Report of the Indian Hemp Drugs Commission, 1894-1895 - Volume IV
Year: 1894
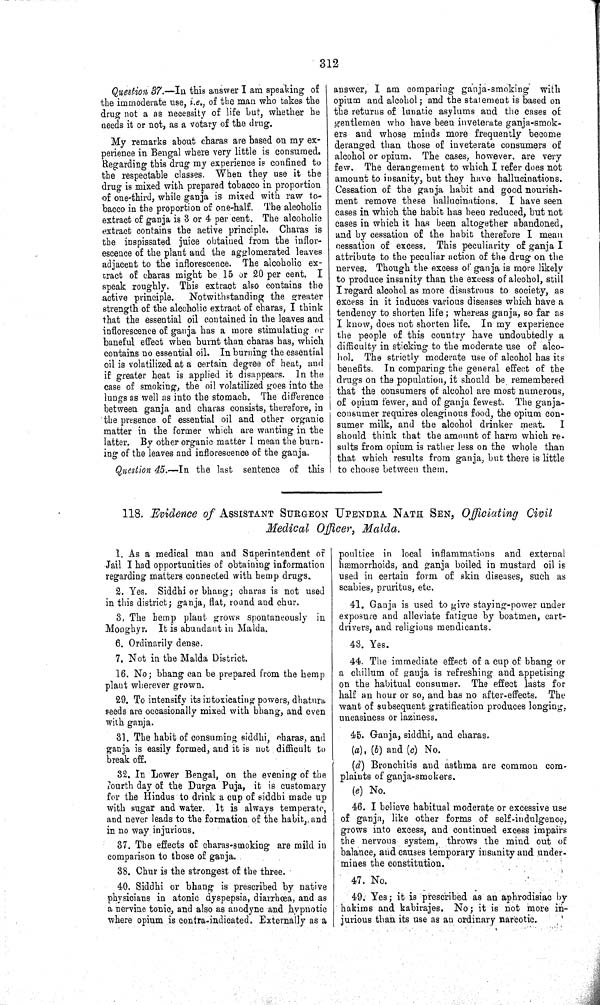
312
Question 37.—In this answer I am speaking of
the immoderate use, i.e., of the man who takes the
drug not a as necessity of life but, whether he
needs it or not, as a votary of the drug.
My remarks about charas are based on my ex-
perience in Bengal where very little is consumed.
Regarding this drug my experience is confined to
the respectable classes. When they use it the
drug is mixed with prepared tobacco in proportion
of one-third, while ganja is mixed with raw to-
bacco in the proportion of one-half. The alcoholic
extract of ganja is 3 or 4 per cent. The alcoholic
extract contains the active principle. Charas is
the inspissated juice obtained from the inflor-
escence of the plant and the agglomerated leaves
adjacent to the inflorescence. The alcoholic ex-
tract of charas might be 15 or 20 per cent.
I
speak roughly. This extract also contains the
active principle.
Notwithstanding the greater
strength of the alcoholic extract of charas, I think
that the essential oil contained in the leaves and
inflorescence of ganja has a more stimulating or
baneful effect when burnt than charas has, which
contains no essential oil. In burning the essential
oil is volatilized at a certain degree of heat, and
if greater heat is applied it disappears. In the
case of smoking, the oil volatilized goes into the
lungs as well as into the stomach. The difference
between ganja and charas consists, therefore, in
the presence of essential oil and other organic
matter in the former which are wanting in the
latter. By other organic matter I mean the burn-
ing of the leaves and inflorescence of the ganja.
Question 45.—In
the last sentence of this
answer, I am comparing ganja-smoking with
opium and alcohol; and the statement is based on
the returns of lunatic asylums and the cases of
gentlemen who have been inveterate ganja-smok-
ers and whose minds more frequently become
deranged than those of inveterate consumers of
alcohol or opium. The cases, however, are very
few. The derangement to which I refer does not
amount to insanity, but they have hallucinations.
Cessation of the ganja habit and good nourish-
ment remove these hallucinations. I have seen
cases in which the habit has been reduced, but not
cases in which it has been altogether abandoned,
and by cessation of the habit therefore I mean
cessation of excess. This peculiarity of ganja I
attribute to the peculiar action of the drug on the
nerves. Though the excess of ganja is more likely
to produce insanity than the excess of alcohol, still
I regard alcohol as more disastrous to society, as
excess in it induces various diseases which have a
tendency to shorten life; whereas ganja, so far as
I know, does not shorten life. In my experience
the people of this country have undoubtedly a
difficulty in sticking to the moderate use of alco-
hol. The strictly moderate use of alcohol has its
benefits. In comparing the general effect of the
drugs on the population, it should be remembered
that the consumers of alcohol are most numerous,
of opium fewer, and of ganja fewest. The ganja-
consumer requires oleaginous food, the opium con-
sumer milk, and the alcohol drinker meat.
I
should think that the amount of harm which re-
sults from opium is rather less on the whole than
that which results from ganja, but there is little
to choose between them.
118. Evidence of ASSISTANT SURGEON UPENDRA NATH SEN, Officiating Civil
Medical Officer, Malda.
1. As a medical man and Superintendent of
Jail I had opportunities of obtaining information
regarding matters connected with hemp drugs.
2. Yes. Siddhi or bhang; charas is not used
in this district; ganja, flat, round and chur.
3. The hemp plant grows spontaneously in
Monghyr. It is abundant in Malda.
6. Ordinarily dense.
7. Not in the Malda District.
16. No; bhang can be prepared from the hemp
plant wherever grown.
29. To intensify its intoxicating powers, dhatura
seeds are occasionally mixed with bhang, and even
with ganja.
31. The habit of consuming siddhi, charas, and
ganja is easily formed, and it is not difficult to
break off.
32. In Lower Bengal, on the evening of the
fourth day of the Durga Puja, it is customary
for the Hindus to drink a cup of siddhi made up
with sugar and water. It is always temperate,
and never leads to the formation of the habit,, and
in no way injurious.
37. The effects of charas-smoking are mild in
comparison to those of ganja.
38. Chur is the strongest of the three.
40. Siddhi or bhang is prescribed by native
physicians in atonic dyspepsia, diarrhœa, and as
a nervine tonic, and also as anodyne and hypnotic
where opium is contra-indicated. Externally as a
poultice in local inflammations and external
hæmorrhoids, and ganja boiled in mustard oil is
used in certain form of skin diseases, such as
scabies, pruritus, etc.
41. Ganja is used to give staying-power under
exposure and alleviate fatigue by boatmen, cart-
drivers, and religious mendicants.
43. Yes.
44. The immediate effect of a cup of bhang or
a chillum of ganja is refreshing and appetising
on the habitual consumer. The effect lasts for
half an hour or so, and has no after-effects. The
want of subsequent gratification produces longing,
uneasiness or laziness.
45. Ganja, siddhi, and charas.
(a), (b) and (c) No.
(d) Bronchitis and asthma are common com-
plaints of ganja-smokers.
(e) No.
46. I believe habitual moderate or excessive use
of ganja, like other forms of self-indulgence,
grows into excess, and continued excess impairs
the nervous system, throws the mind out of
balance, and causes temporary insanity and under-
mines the constitution.
47. No.
49. Yes; it is prescribed as an aphrodisiac by
hakims and kabirajes. No; it is not more in-
jurious than its use as an ordinary narcotic.